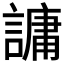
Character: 𮘶